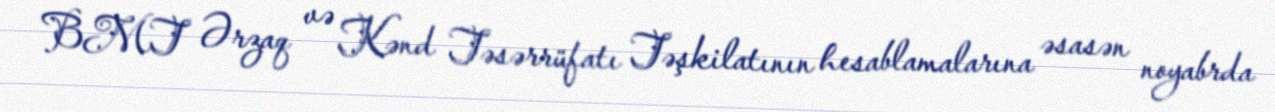
BMT Ərzaq və Kənd Təsərrüfatı Təşkilatının hesablamalarına əsasən noyabrda